Insane asylums Bombay 1873-77 - 1873-1877
Year: 1873
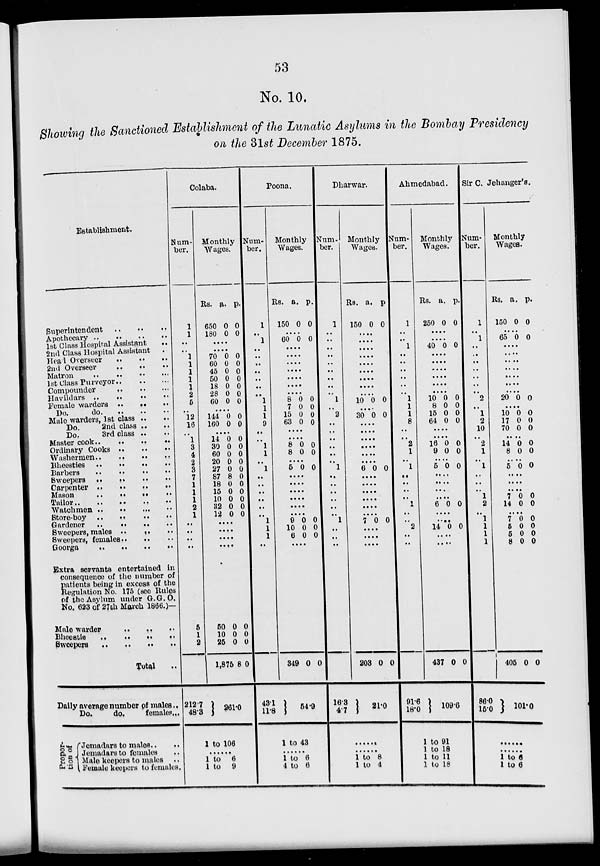
53
No. 10.
Showing the Sanctioned Establishment of the Lunatic Asylums in the Bombay Presidency
on the 31st December 1875.
Establishment.
Superintendent
..
..
..
Apothecary
..
..
..
..
1st Class Hospital Assistant ..
2nd Class Hospital Assistant ..
Head Overseer .. .. ..
2nd Overseer .. .. ..
Matron
..
..
..
..
1 st Class Purveyor
..
..
..
Compounder
..
..
..
Havildars .. .. .. ..
Female warders
..
..
..
Do.
do. .. .. ..
Male warders, 1st class .. ..
Do.
2nd class .. ..
Do.
3rd class .. ..
Master cook..
..
..
..
Ordinary Cooks ..
..
..
Washermen
..
..
..
..
Bheesties
..
..
..
..
Barbers .. .. ..
Sweepers
..
..
..
..
Carpenter ..
..
..
..
Mason
..
..
..
..
Tailor..
..
..
..
..
Watchmen .. .. .. ..
Store-boy
..
..
..
..
Gardener
..
..
.. ..
Sweepers, males .. .. ..
Sweepers, females .. .. ..
Goorga
..
..
..
..
Extra servants entertained in
consequence of the number of
patients being in excess of the
Regulation No. 175 (see Rules
of the Asylum under G.G.O.
No. 623 of 27th March 1866.)—
Male warder
..
..
..
Bheestie .. .. .. ..
Sweepers .. .. .. ..
Total
Daily average number of males..
Do.
do,
females...
Propor-
tion of
Jemadars to males .. ..
Jemadars to females ..
Male keepers to males ..
Female keepers to females.
Colaba.
Num-
ber.
1
1
..
..
1
1
1
1
1
2
5
..
12
16
..
1
3
4
2
3
7
1
1
1
2
1
..
..
..
..
5
1
2
212.7
48.3
Monthly
Wages.
Rs.
650
180
a.
0
0
p.
0
0
....
....
70
60
45
50
18
28
60
0
0
0
0
0
0
0
0
0
0
0
0
0
0
....
114
160
0
0
0
0
....
14
30
60
20
27
87
18
15
10
32
12
0
0
0
0
0
8
0
0
0
0
0
0
0
0
0
0
0
0
0
0
0
0
....
....
....
.....
50
10
25
1,875
0
0
0
8
0
0
0
0
261.0
1 to 106
......
1 to 6
1 to 9
Poona.
Num-
ber.
1
..
1
..
..
..
..
..
..
..
1
1
1
9
..
..
1
1
..
1
..
..
..
..
..
..
1
1
1
..
43.1
11.8
Monthly
Wages.
Rs.
150
a.
0
p.
0
....
60 0 0
....
....
....
....
....
....
....
8
7
15
63
0
0
0
0
0
0
0
0
....
....
8
8
0
0
0
0
....
5 0 0
....
....
....
...
....
....
9
10
6
0
0
0
0
0
0
....
349 0 0
54.9
1 to 43
......
1 to 6
4 to 6
Dharwar.
Num-
ber.
1
..
..
..
..
..
..
..
..
..
1
..
2
..
..
..
..
..
..
1
..
..
..
..
..
..
1
..
..
..
16.3
4.7
Monthly
Wages.
Rs.
150
a.
p.
0 0
....
....
....
....
....
....
....
....
....
10 0 0
...
30 0 0
....
....
....
....
....
....
6 0 0
....
....
....
....
....
....
7 0 0
....
....
....
203 0 0
21.0
......
......
1 to 8
1 to 4
Ahmedabad.
Num-
ber.
1
..
..
1
..
..
..
..
..
..
1
1
1
8
..
..
2
1
..
1
..
..
..
..
1
..
..
2
..
..
91.6
18.0
Monthly
Wages.
Rs.
250
a.
0
p.
0
....
....
40 0 0
.....
....
.....
....
....
....
10
8
15
64
0
0
0
0
0
0
0
0
....
....
16
9
0
0
0
0
....
5 0 0
....
....
...
....
6 0 0
....
....
14 0 0
....
....
437 0 0
109.6
1 to 91
1 to 18
1 to 11
1 to 18
Sir C.Jehanger's.
Num-
ber.
1
..
1
..
..
..
..
..
..
..
2
..
1
2
10
..
2
1
..
1
..
..
..
1
2
..
1
1
1
1
86.0
15.0
Monthly
Wages.
Rs.
150
a.
0
p.
0
....
65 0 0
....
....
....
....
....
....
....
20 0 0
....
10
17
70
0
0
0
0
0
0
....
14
8
0
0
0
0
.....
5 0 0
....
....
....
7
14
0
0
0
0
.....
7
5
5
8
0
0
0
0
0
0
0
0
405 0 0
101.0
......
......
1 to 6
1 to 6